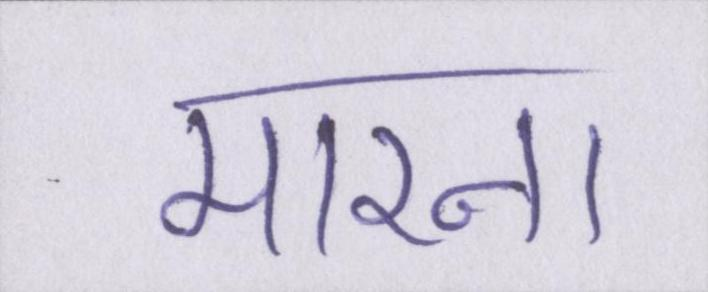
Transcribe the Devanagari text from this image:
मारना